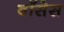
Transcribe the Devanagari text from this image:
बॉसेस